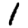
Digit: 1